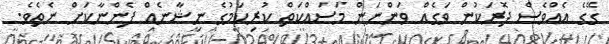
ގޭގެ އެއްވެސް ދޮރަކުން ވަގެއް ވަންނަން މަސައްކަތް ކުރިކަމުގެ ނިޝާނެއް ފެންނާކަށް ނެތެވެ.